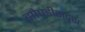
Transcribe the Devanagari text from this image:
झोपडीसदृश